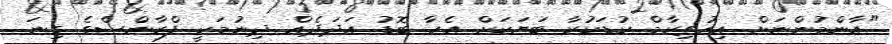
"އާންމުންނަށް އިހުތިރާމް ކުޑަކުރާ ބަޔަކަށް އެހާ ބޮޑު އަދަދެއް ދިނުމަކީ ފްރާންސްގެ ގިނަ